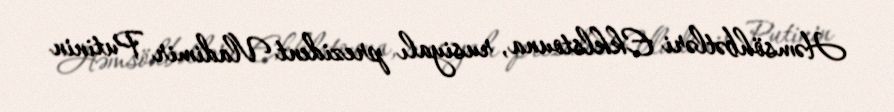
Həmsöhbətləri Ekklstouna, rusiyalı prezident Vladimir Putinin